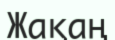
Жақаң